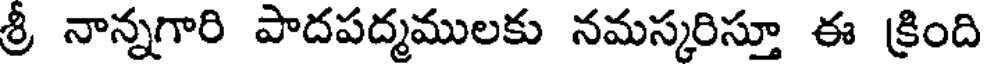
శ్రీ నాన్నగారి పాదపద్మములకు నమస్కరిస్తూ ఈ క్రింది